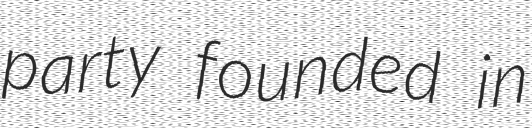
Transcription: party founded in